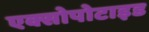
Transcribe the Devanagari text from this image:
एक्सोपोटाइड